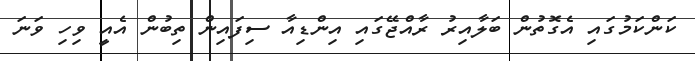
ކަންކަމުގައި އެގޮތުން ބަލާއިރު ރާއްޖޭގައި އިންޑިއާ ސިފައިން ތިބުން އެއީ ވިހި ވަނަ